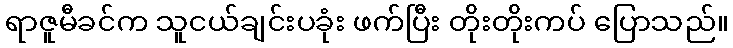
ရာဇူမီခင်က သူငယ်ချင်းပခုံး ဖက်ပြီး တိုးတိုးကပ် ပြောသည်။